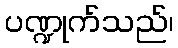
ပဏ္ဍုက်သည်၊